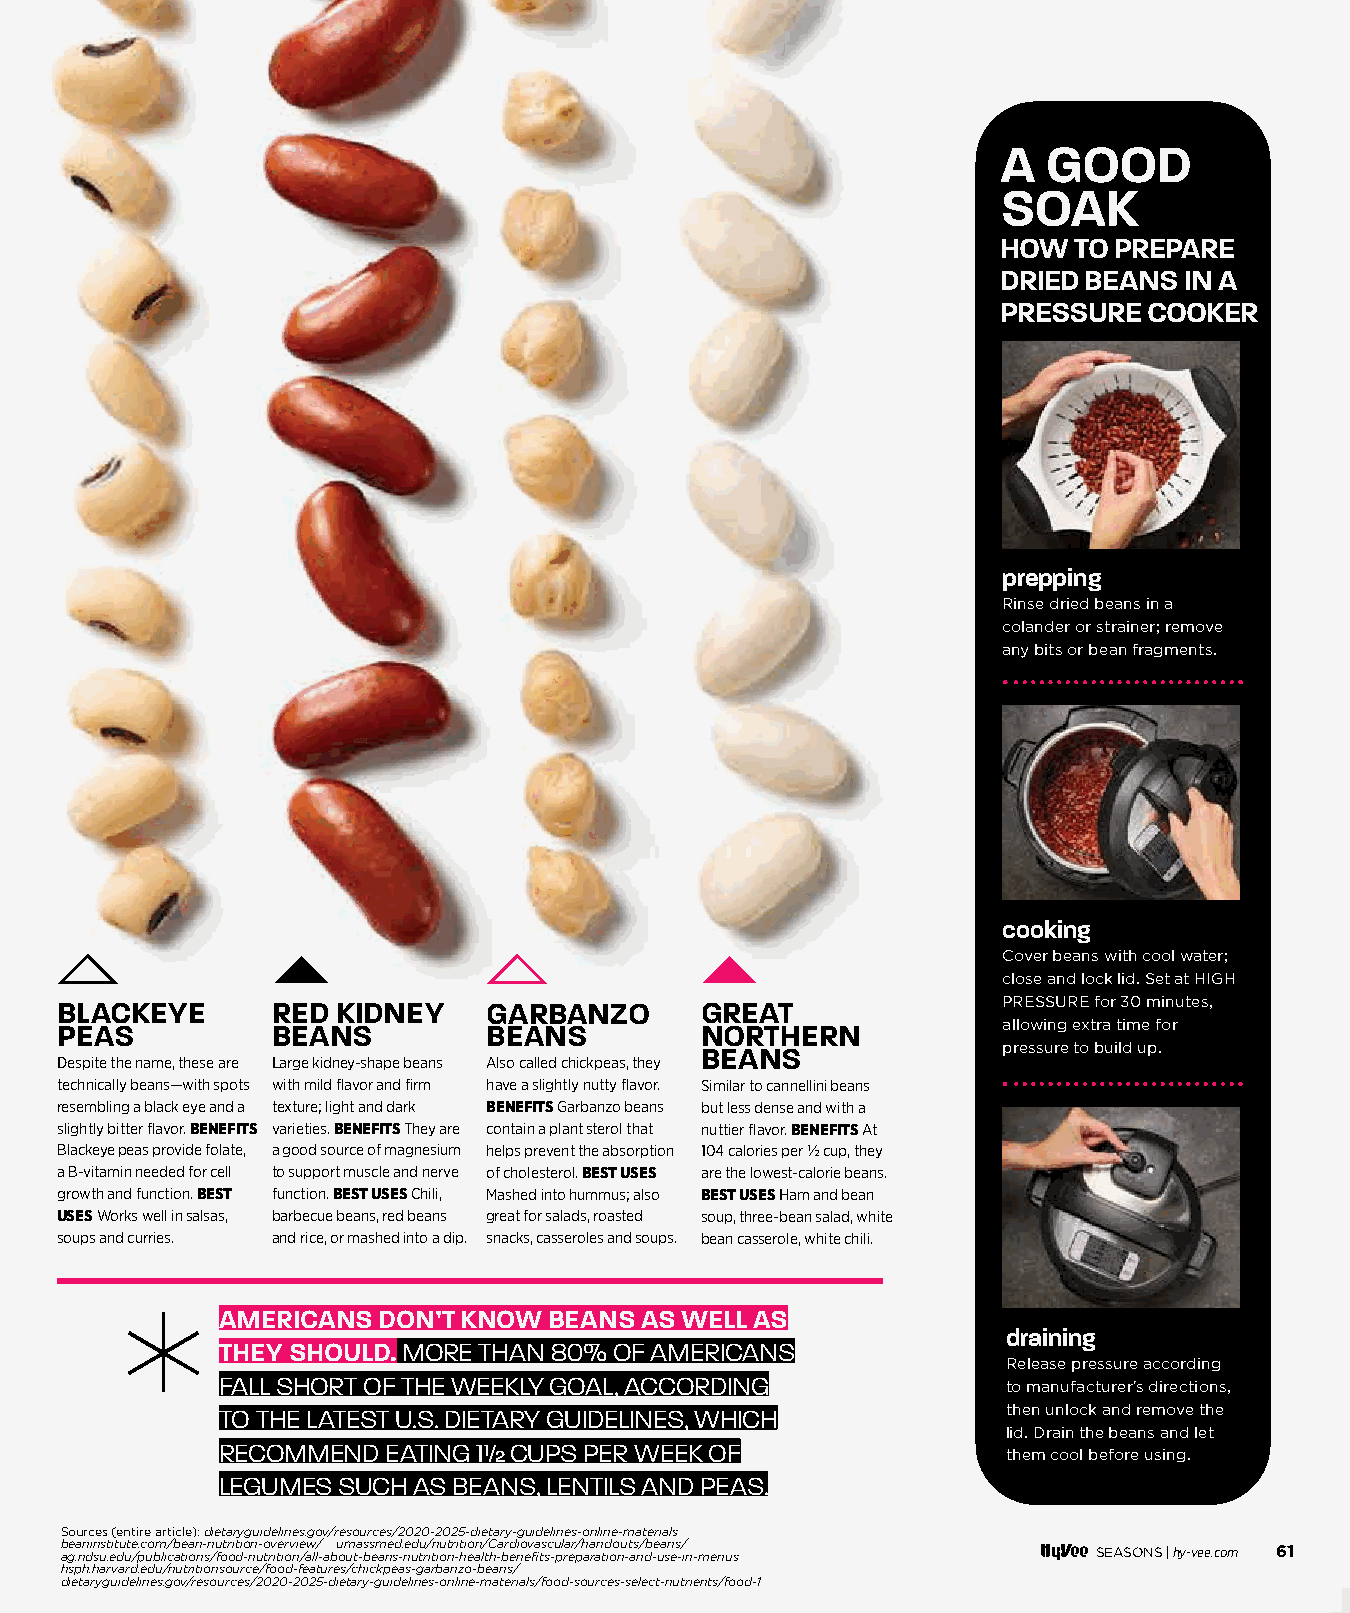
A  GOOD
 SOAK
 HOW  TO PREPARE
 DRIED BEANS IN A
 PRESSURE  COOKER
 prepping
 Rinse dried beans in a
 colander or strainer; remove
 any bits or bean fragments.
 cooking
 Cover beans with cool water;
 close and lock lid. Set at HIGH
 BLACKEYE      RED KIDNEY    GARBANZO      GREAT               PRESSURE for 30 minutes,
 PEAS          BEANS         BEANS         NORTHERN            allowing extra time for
 BEANS               pressure to build up.
 Despite the name, these are Large kidney-shape beans Also called chickpeas, they
 technically beans—with spots with mild flavor and firm have a slightly nutty flavor. Similar to cannellini beans
 resembling a black eye and a texture; light and dark BENEFITS Garbanzo beans but less dense and with a
 slightly bitter flavor. BENEFITS varieties. BENEFITS They are contain a plant sterol that nuttier flavor. BENEFITS At
 Blackeye peas provide folate, a good source of magnesium helps prevent the absorption 104 calories per ½ cup, they
 a B-vitamin needed for cell to support muscle and nerve of cholesterol. BEST USES are the lowest-calorie beans.
 growth and function. BEST function. BEST USES Chili, Mashed into hummus; also BEST USES Ham and bean
 USES Works well in salsas, barbecue beans, red beans great for salads, roasted soup, three-bean salad, white
 soups and curries. and rice, or mashed into a dip. snacks, casseroles and soups. bean casserole, white chili.
 **
 AMERICANS DON’T KNOW BEANS AS WELL AS
 draining
 THEY SHOULD. MORE THAN 80% OF AMERICANS
 Release pressure according
 FALL SHORT OF THE WEEKLY GOAL, ACCORDING            to manufacturer’s directions,
 TO THE LATEST U.S. DIETARY GUIDELINES, WHICH        then unlock and remove the
 lid. Drain the beans and let
 RECOMMEND  EATING 1½ CUPS PER WEEK OF
 them cool before using.
 LEGUMES SUCH AS BEANS, LENTILS AND PEAS.
 Sources (entire article): dietaryguidelines.gov/resources/2020-2025-dietary-guidelines-online-materials
 beaninstitute.com/bean-nutrition-overview/ umassmed.edu/nutrition/Cardiovascular/handouts/beans/
 ag.ndsu.edu/publications/food-nutrition/all-about-beans-nutrition-health-benefits-preparation-and-use-in-menus SEASONS | hy-vee.com 61
 hsph.harvard.edu/nutritionsource/food-features/chickpeas-garbanzo-beans/
 dietaryguidelines.gov/resources/2020-2025-dietary-guidelines-online-materials/food-sources-select-nutrients/food-1
 005588--006611 BBeeaann BBaassiiccss__1111..2299..iinndddd 6611                  1111//3300//2211 1100::5500 AAMM